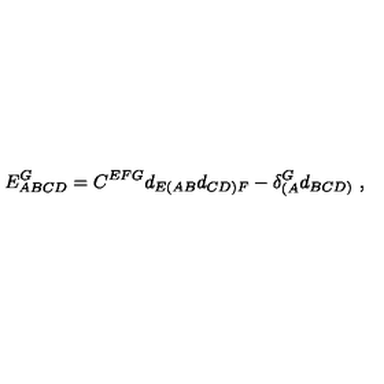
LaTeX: E _ { A B C D } ^ { G } = C ^ { E F G } d _ { E ( A B } d _ { C D ) F } - \delta _ { ( A } ^ { G } d _ { B C D ) } \ ,